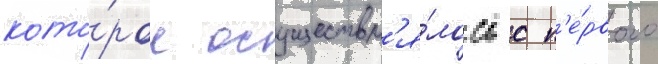
кото́рое осуществл'я́лось с п'е́рвого